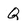
Character: Q